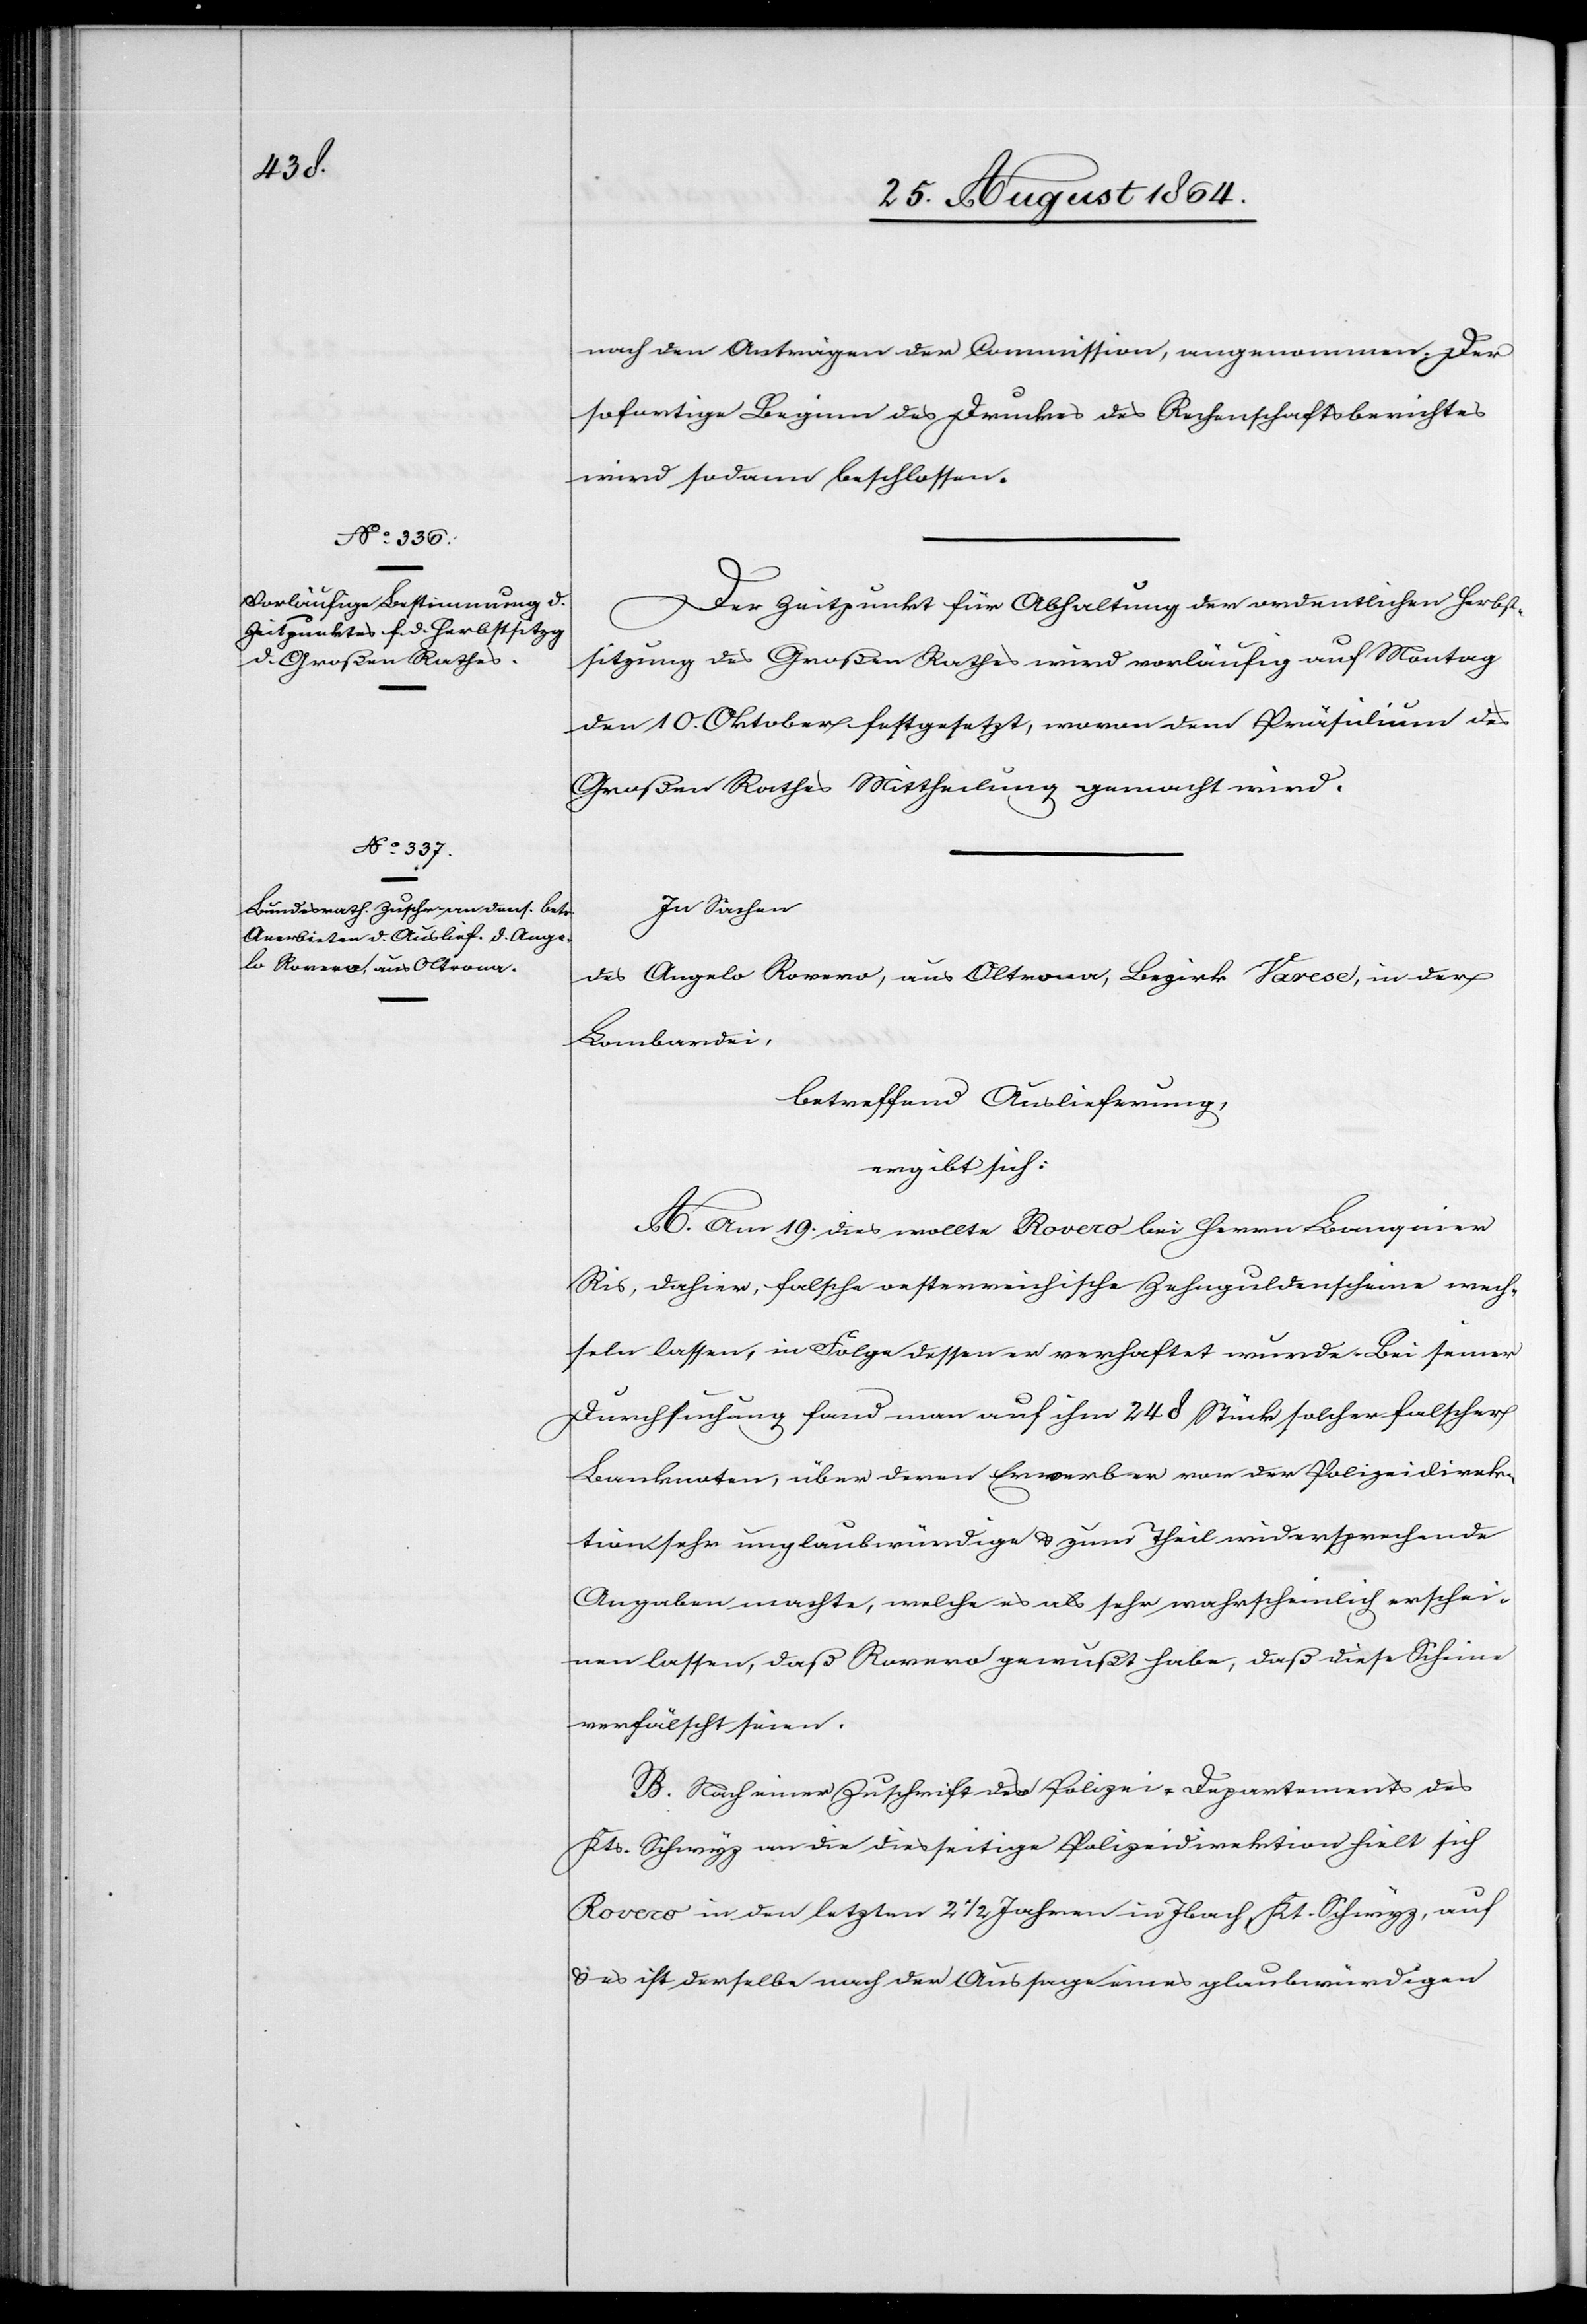
nach den Anträgen der Commission, angenommen. Der
sofortige Beginn des Druckes des Rechenschaftsberichtes
wird sodann beschlossen.
Der Zeitpunkt für Abhaltung der ordentlichen Herbst¬
sitzung des Großen Rathes wird vorläufig auf Montag
den 10. Oktober festgesetzt, wovon dem Präsidium des
Großen Rathes Mittheilung gemacht wird.
In Sachen
des Angelo Rovero [sic!], aus Oltrona, Bezirk Varese, in der
Lombardei,
betreffend Auslieferung
ergibt sich:
A. Am 19. dies wollte Rovero bei Herrn Banquier
Ris, dahier, falsche oesterreichische Zehnguldenscheine wech¬
seln lassen, in Folge dessen er verhaftet wurde. Bei seiner
Durchsuchung fand man auf ihm 248 Stück solcher falscher
Banknoten, über deren Erwerb er vor der Polizeidirek¬
tion sehr unglaubwürdige & zum Theil widersprechende
Angaben machte, welche es als sehr wahrscheinlich erschei¬
nen lassen, daß Rovero gewußt habe, daß diese Scheine
verfälscht seien.
B. Nach einer Zuschrift des Polizei-Departements des
Kts. Schwyz an die diesseitige Polizeidirektion hielt sich
Rovero in den letzten 2 1/2 Jahren in Ibach, Kt. Schwyz, auf
& es ist derselbe nach der Aussage eines glaubwürdigen